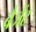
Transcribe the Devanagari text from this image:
बैजेंट